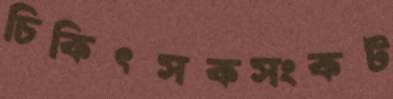
চিকিৎসকসংকট